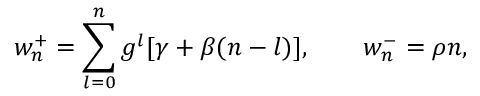
w _ { n } ^ { + } = \sum _ { l = 0 } ^ { n } g ^ { l } [ \gamma + \beta ( n - l ) ] , \qquad w _ { n } ^ { - } = \rho n ,